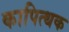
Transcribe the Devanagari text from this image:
कापित्थक